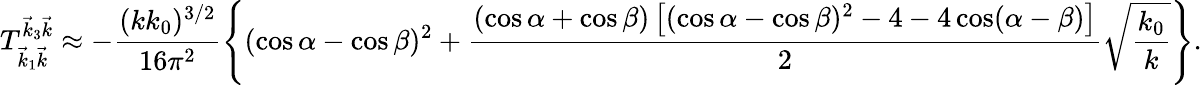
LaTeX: T_{\vec{k}_{1}\vec{k}}^{\vec{k}_{3}\vec{k}}\approx-\frac{(kk_{0})^{3/2}}{16\pi^{2}}\left\{ (\cos\alpha-\cos\beta)^{2}+\frac{(\cos\alpha+\cos\beta)\left[(\cos\alpha-\cos\beta)^{2}-4-4\cos(\alpha-\beta)\right]}{2}\sqrt{\frac{k_{0}}{k}}\right\} .